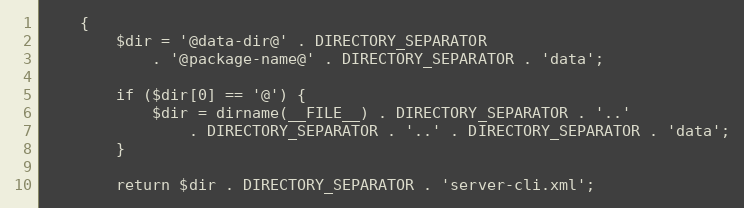
Language: PHP
    {
        $dir = '@data-dir@' . DIRECTORY_SEPARATOR
            . '@package-name@' . DIRECTORY_SEPARATOR . 'data';

        if ($dir[0] == '@') {
            $dir = dirname(__FILE__) . DIRECTORY_SEPARATOR . '..'
                . DIRECTORY_SEPARATOR . '..' . DIRECTORY_SEPARATOR . 'data';
        }

        return $dir . DIRECTORY_SEPARATOR . 'server-cli.xml';